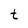
Character: t